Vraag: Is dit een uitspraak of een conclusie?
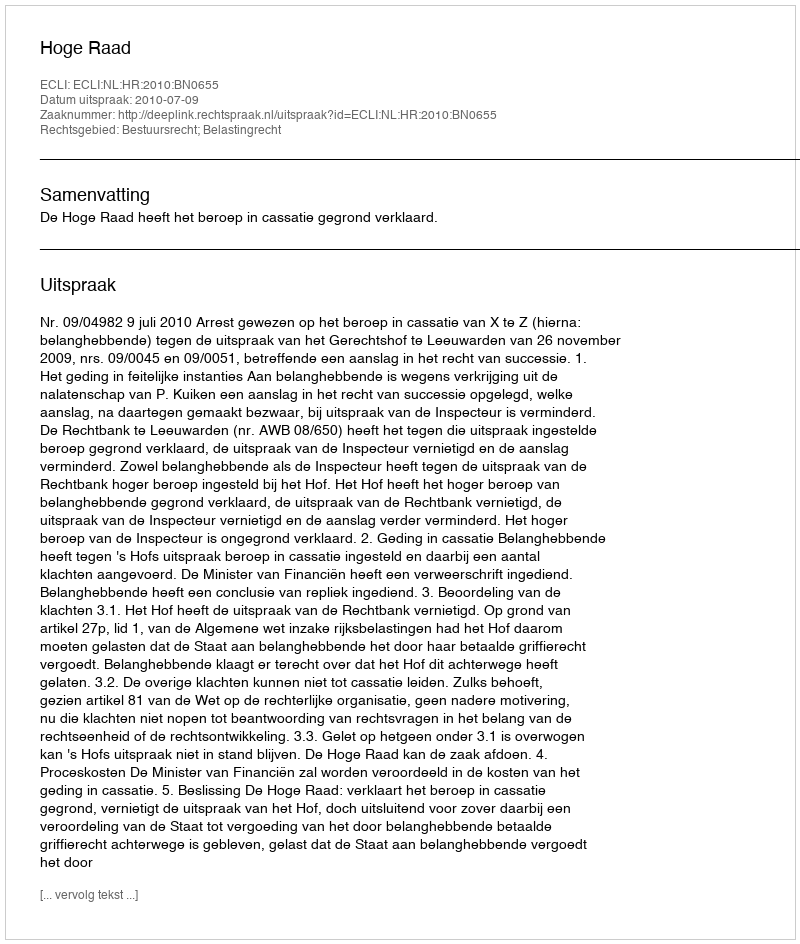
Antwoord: Uitspraak